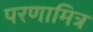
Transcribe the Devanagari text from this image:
परणामित्र